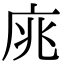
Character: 庣